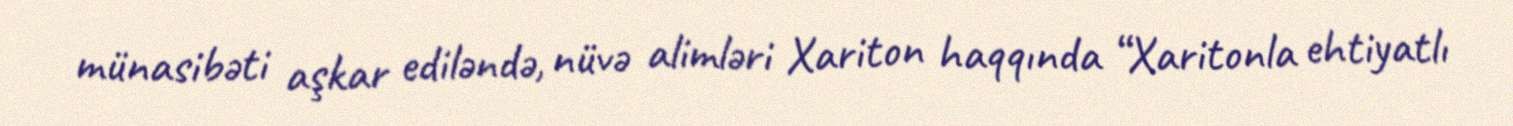
münasibəti aşkar ediləndə, nüvə alimləri Xariton haqqında “Xaritonla ehtiyatlı